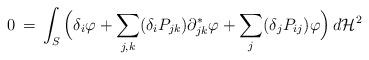
LaTeX: \begin{align*}0 \,=\, \int_S \Big(\delta_i \varphi + \sum_{j,k}(\delta_i P_{jk})\partial^*_{jk}\varphi + \sum_j(\delta_j P_{ij})\varphi\Big)\,d\mathcal H^2\end{align*}